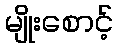
မျိုးစောင့်